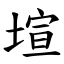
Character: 塇